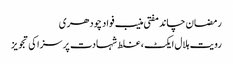
رمضان چاند مفتی منیب فواد چودھری
رویت ہلال ایکٹ ، غلط شہادت پر سزا کی تجویز